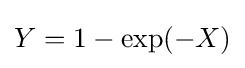
Y=1-\exp(-X)